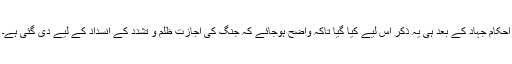
احکام جہاد کے بعد ہی یہ ذکر اس لیے کیا گیا تاکہ واضح ہوجائے کہ جنگ کی اجازت ظلم و تشدد کے انسداد کے لیے دی گئی ہے۔